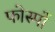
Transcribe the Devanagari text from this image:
फोस्मों